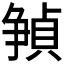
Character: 𪺘